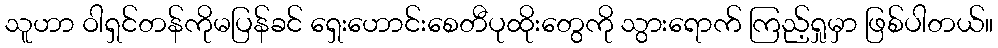
သူဟာ ဝါရှင်တန်ကိုမပြန်ခင် ရှေးဟောင်းစေတီပုထိုးတွေကို သွားရောက် ကြည့်ရှုမှာ ဖြစ်ပါတယ်။